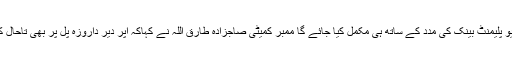
یہ منصوبہ ایشئین ڈیو پلیمنٹ بینک کی مدد کے ساتھ ہی مکمل کیا جائے گا ممبر کمیٹی صاجزادہ طارق اللہ نے کہاکہ اپر دیر داروزہ پل پر بھی تاحال کا م شروع نہیں ہوا ۔